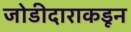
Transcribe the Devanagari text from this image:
जोडीदाराकडून